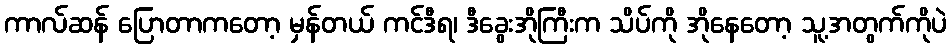
ကာလ်ဆန် ပြောတာကတော့ မှန်တယ် ကင်ဒီရ၊ ဒီခွေးအိုကြီးက သိပ်ကို အိုနေတော့ သူ့အတွက်ကိုပဲ